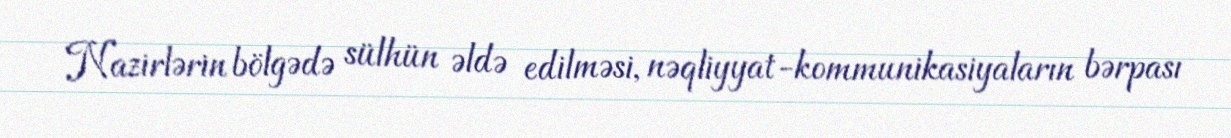
Nazirlərin bölgədə sülhün əldə edilməsi, nəqliyyat-kommunikasiyaların bərpası